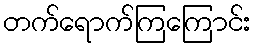
တက်ရောက်ကြကြောင်း